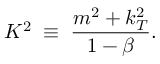
K ^ { 2 } \; \equiv \; \frac { m ^ { 2 } + k _ { T } ^ { 2 } } { 1 - \beta } .